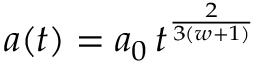
a ( t ) = a _ { 0 } \, t ^ { \frac { 2 } { 3 ( w + 1 ) } }